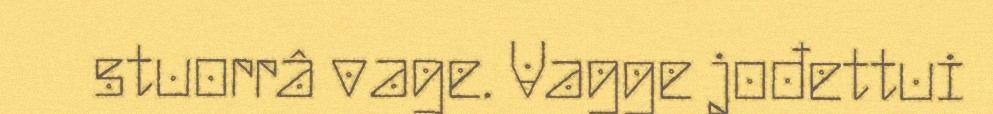
stuorrâ vage. Vagge jođettui